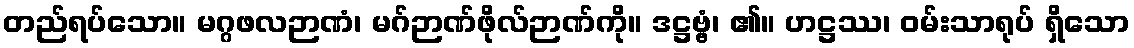
တည်ရပ်သော။ မဂ္ဂဖလဉာဏံ၊ မဂ်ဉာဏ်ဖိုလ်ဉာဏ်ကို။ ဒဋ္ဌဗ္ဗံ၊ ၏။ ဟဋ္ဌဿ၊ ဝမ်းသာရုပ် ရှိသော